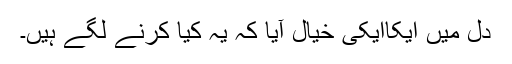
دل میں ایکاایکی خیال آیا کہ یہ کیا کرنے لگے ہیں۔